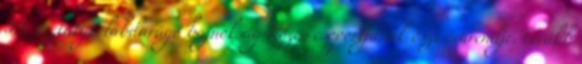
II. osztályú labdarúgó bajnokság Közép csoportjának őszi órarendje. tovább